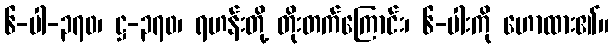
၆-ပါ-၃၇၀၊ ဋ္ဌ-၃၇၀၊ ရဟန်းတို့ တိုးတက်ကြောင်း၊ ၆-ပါးကို ဟောထား၏။